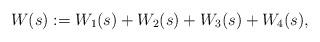
LaTeX: \begin{align*}W(s):=W_{1}(s)+W_{2}(s)+W_{3}(s)+W_{4}(s),\end{align*}